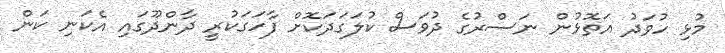
މުޅި ހުވަދު އަތޮޅުން ނަސްރުގެ ދުވަސް ކުލަގަދަކޮށް ފާހަގަކުރީ ދާންދޫގައި އެކަނި ކަން